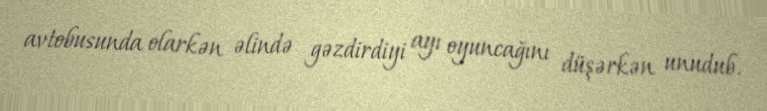
avtobusunda olarkən əlində gəzdirdiyi ayı oyuncağını düşərkən unudub.